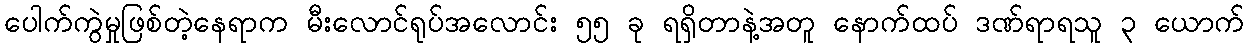
ပေါက်ကွဲမှုဖြစ်တဲ့နေရာက မီးလောင်ရုပ်အလောင်း ၅၅ ခု ရရှိတာနဲ့အတူ နောက်ထပ် ဒဏ်ရာရသူ ၃ ယောက်